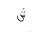
Letter: _shin